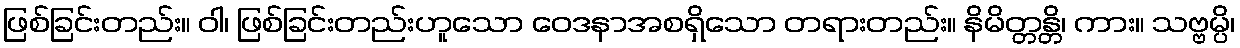
ဖြစ်ခြင်းတည်း။ ဝါ၊ ဖြစ်ခြင်းတည်းဟူသော ဝေဒနာအစရှိသော တရားတည်း။ နိမိတ္တန္တိ၊ ကား။ သဗ္ဗမ္ပိ၊